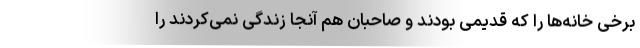
برخی خانه‌ها را که قدیمی بودند و صاحبان هم آنجا زندگی نمی‌کردند را